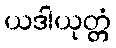
ယဒါယုတ္တံ